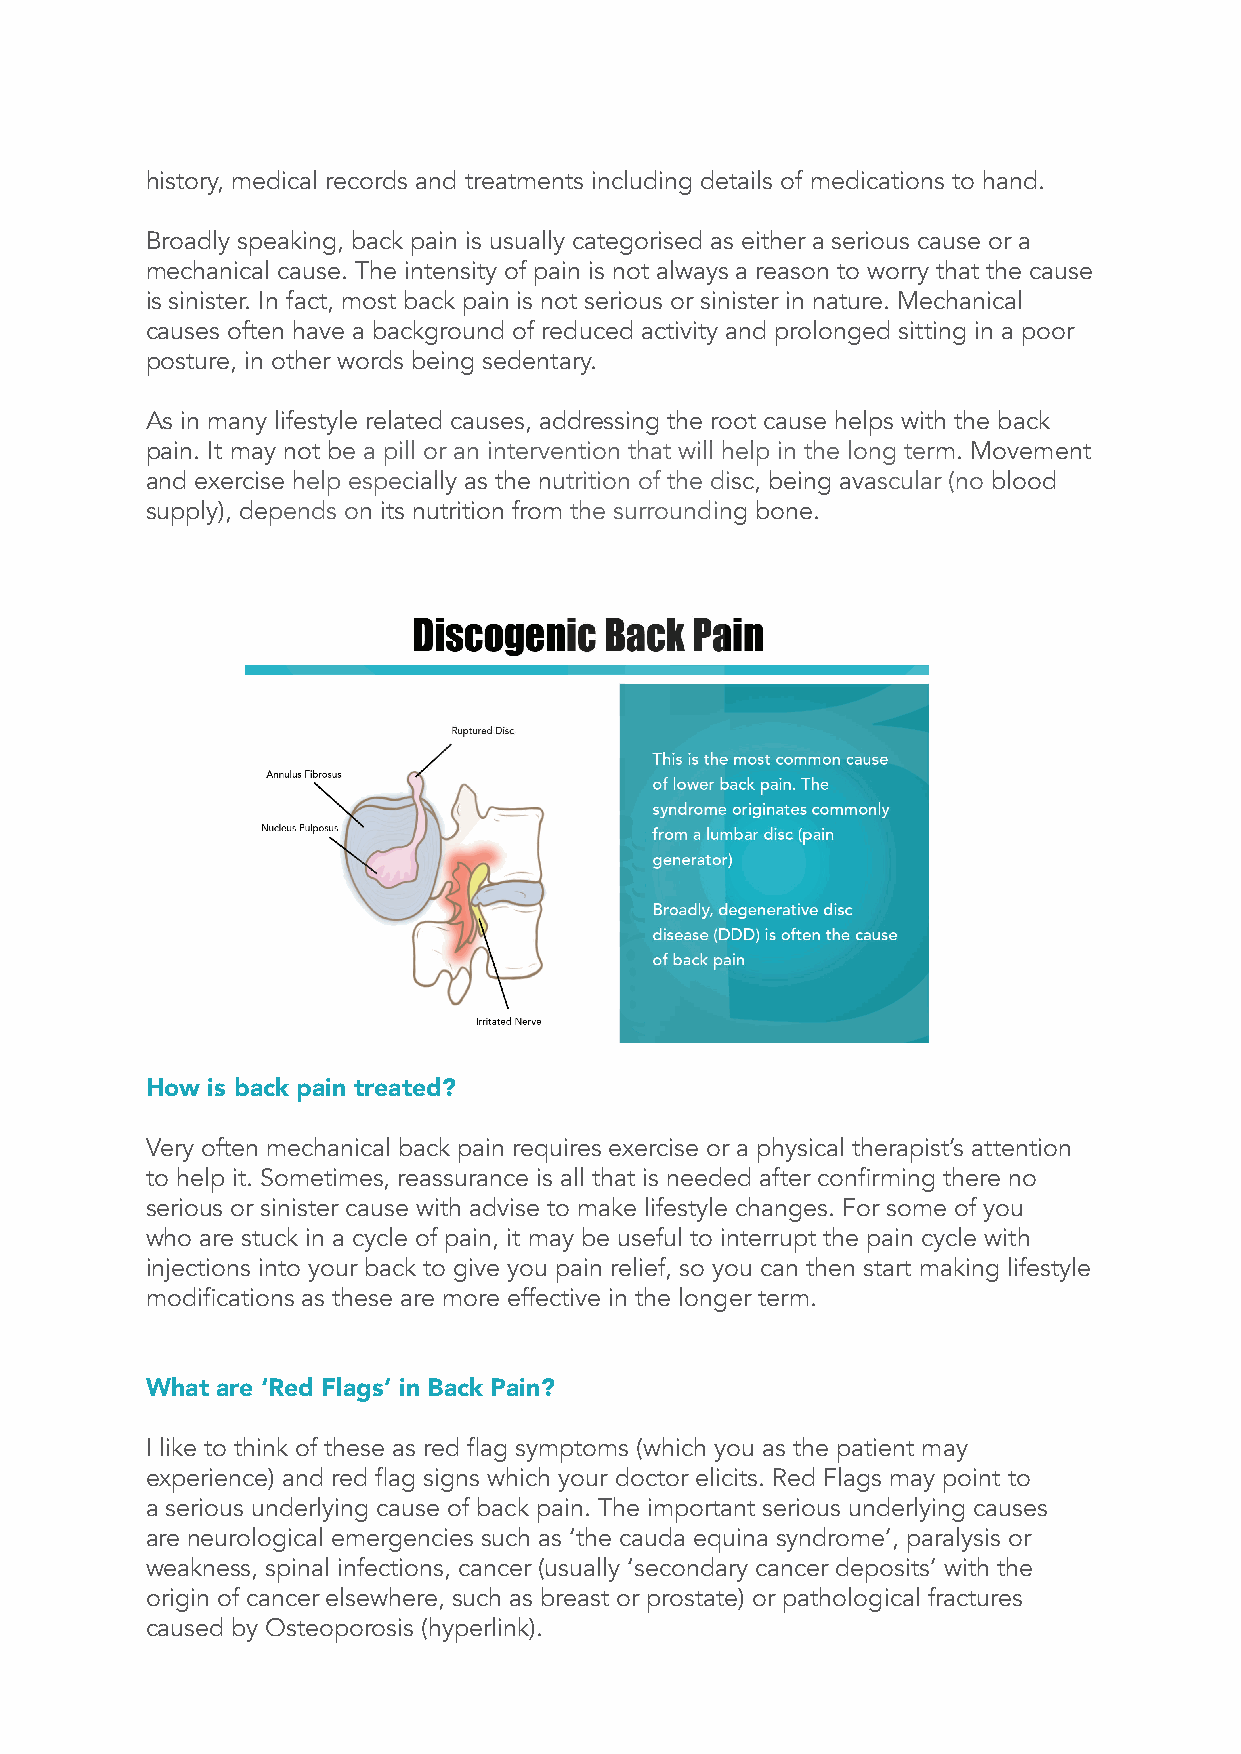
history, medical records and treatments including details of medications to hand.
 Broadly speaking, back pain is usually categorised as either a serious cause or a
 mechanical cause. The intensity of pain is not always a reason to worry that the cause
 is sinister. In fact, most back pain is not serious or sinister in nature. Mechanical
 causes often have a background of reduced activity and prolonged sitting in a poor
 posture, in other words being sedentary.
 As in many lifestyle related causes, addressing the root cause helps with the back
 pain. It may not be a pill or an intervention that will help in the long term. Movement
 and exercise help especially as the nutrition of the disc, being avascular (no blood
 supply), depends on its nutrition from the surrounding bone.
 How is back pain treated?
 Very often mechanical back pain requires exercise or a physical therapist’s attention
 to help it. Sometimes, reassurance is all that is needed after confirming there no
 serious or sinister cause with advise to make lifestyle changes. For some of you
 who are stuck in a cycle of pain, it may be useful to interrupt the pain cycle with
 injections into your back to give you pain relief, so you can then start making lifestyle
 modifications as these are more effective in the longer term.
 What are ‘Red Flags’ in Back Pain?
 I like to think of these as red flag symptoms (which you as the patient may
 experience) and red flag signs which your doctor elicits. Red Flags may point to
 a serious underlying cause of back pain. The important serious underlying causes
 are neurological emergencies such as ‘the cauda equina syndrome’, paralysis or
 weakness, spinal infections, cancer (usually ‘secondary cancer deposits’ with the
 origin of cancer elsewhere, such as breast or prostate) or pathological fractures
 caused by Osteoporosis (hyperlink).